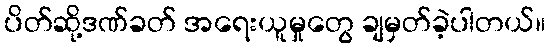
ပိတ်ဆို့ဒဏ်ခတ် အရေးယူမှုတွေ ချမှတ်ခဲ့ပါတယ်။